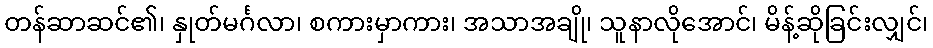
တန်ဆာဆင်၏၊ နှုတ်မင်္ဂလာ၊ စကားမှာကား၊ အသာအချို၊ သူနာလိုအောင်၊ မိန့်ဆိုခြင်းလျှင်၊